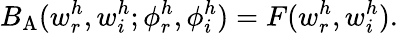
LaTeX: B_{\mathrm{A}}(w_{r}^{h},w_{i}^{h};\phi_{r}^{h},\phi_{i}^{h})=F(w_{r}^{h},w_{i}^{h}).